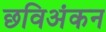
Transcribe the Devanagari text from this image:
छविअंकन